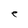
Character: e